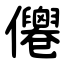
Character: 㒨